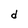
Character: d